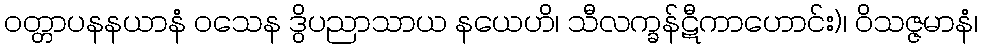
ဝတ္တာပနနယာနံ ဝသေန ဒွိပညာသာယ နယေဟိ၊ သီလက္ခန်ဋီကာဟောင်း)၊ ဝိသဇ္ဇမာနံ၊